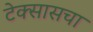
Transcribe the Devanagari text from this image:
टेक्सासचा